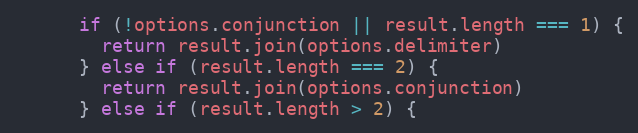
Language: JavaScript
      if (!options.conjunction || result.length === 1) {
        return result.join(options.delimiter)
      } else if (result.length === 2) {
        return result.join(options.conjunction)
      } else if (result.length > 2) {